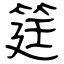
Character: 筳